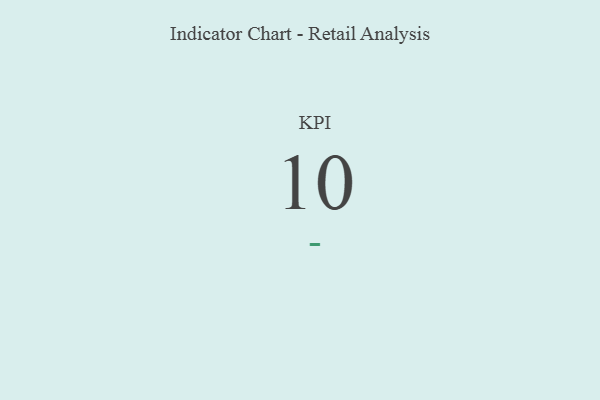
{"axis": {"x": "KPI", "y": "Value"}, "legend": [""], "data": [{"x": "KPI", "y": 10, "type": ""}]}